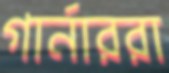
গার্নাররা